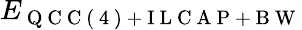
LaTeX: E_{\mathrm{~Q~C~C~(~4~)~+~I~L~C~A~P~+~B~W~}}